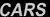
CARS